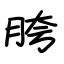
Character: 胯